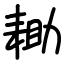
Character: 耡